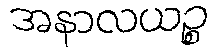
အနာလယဉ္စ